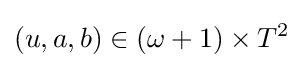
(u,a,b)\in (\omega +1)\times T^{2}